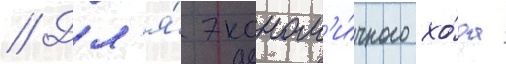
// Дл'я́ эконом'и́чного хо́да